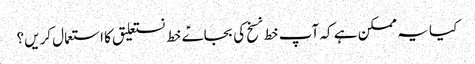
کیا یہ ممکن ہے کہ آپ خط نسخ کی بجاےؑ خط نستعلیق کا استعمال کریں؟